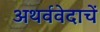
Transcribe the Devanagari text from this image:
अथर्ववेदाचें